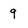
Character: 9